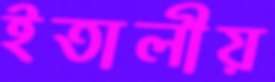
ইতালীয়